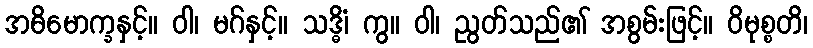
အဓိမောက္ခနှင့်။ ဝါ၊ မဂ်နှင့်။ သဒ္ဓိံ၊ ကွ။ ဝါ၊ ညွတ်သည်၏ အစွမ်းဖြင့်။ ဝိမုစ္စတိ၊